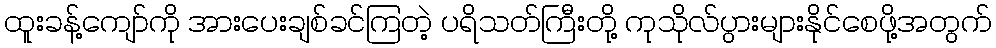
ထူးခန့်ကျော်ကို အားပေးချစ်ခင်ကြတဲ့ ပရိသတ်ကြီးတို့ ကုသိုလ်ပွားများနိုင်စေဖို့အတွက်